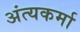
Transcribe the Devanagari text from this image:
अंत्यकर्मा